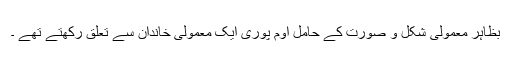
بظاہر معمولی شکل و صورت کے حامل اوم پوری ایک معمولی خاندان سے تعلق رکھتے تھے ۔